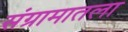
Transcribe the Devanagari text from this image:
संग्रामातला